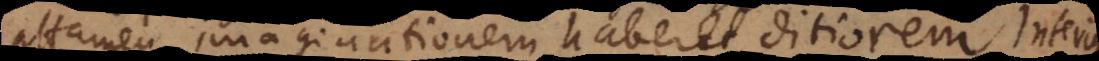
attamen imaginationem haberet ditiorem. Interi